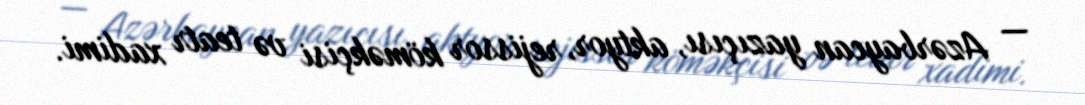
— Azərbaycan yazıçısı, aktyor, rejissor köməkçisi və teatr xadimi.